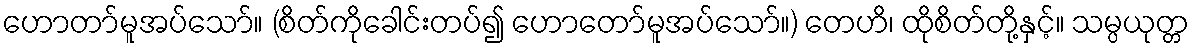
ဟောတာ်မူအပ်သော်။ (စိတ်ကိုခေါင်းတပ်၍ ဟောတော်မူအပ်သော်။) တေဟိ၊ ထိုစိတ်တို့နှင့်။ သမ္ပယုတ္တ